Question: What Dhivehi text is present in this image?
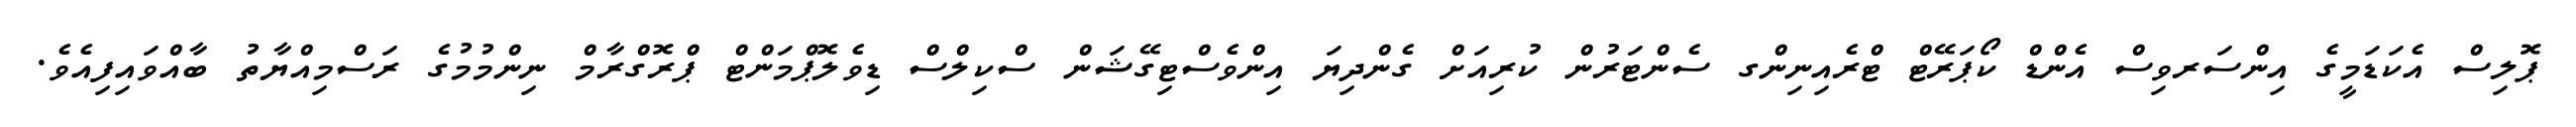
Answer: ޕޮލިސް އެކަޑަމީގެ އިންސަރވިސް އެންޑް ކޯޕަރޭޓް ޓްރެއިނިންގ ސެންޓަރުން ކުރިއަށް ގެންދިޔަ އިންވެސްޓިގޭޝަން ސްކިލްސް ޑިވެލޮޕްމަންޓް ޕްރޮގްރާމް ނިންމުމުގެ ރަސްމިއްޔާތު ބާއްވައިފިއެވެ.